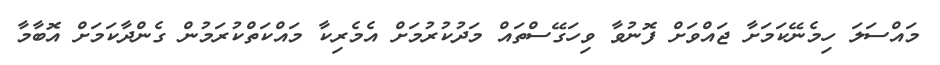
މައްސަލަ ހިމެނޭކަމަށާ ޖައްވަށް ފޮނުވާ ވިހަގޭސްތައް މަދުކުރުމަށް އެމެރިކާ މައްކަތްކުރަމުން ގެންދާކަމަށް އޮބާމާ